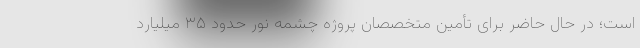
است؛ در حال حاضر برای تأمین متخصصان پروژه چشمه نور حدود ۳۵ میلیارد